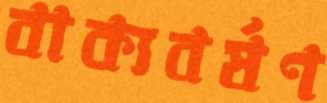
বাক্যবর্ষণ